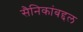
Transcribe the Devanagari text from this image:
सैनिकांबद्दल